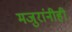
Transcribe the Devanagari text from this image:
मजुरांनीही